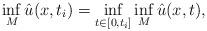
LaTeX: \begin{align*}\inf_M \hat u(x,t_i) = \inf_{t \in [0,t_i]} \inf_M \hat u(x,t) ,\end{align*}